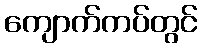
ကျောက်ကပ်တွင်